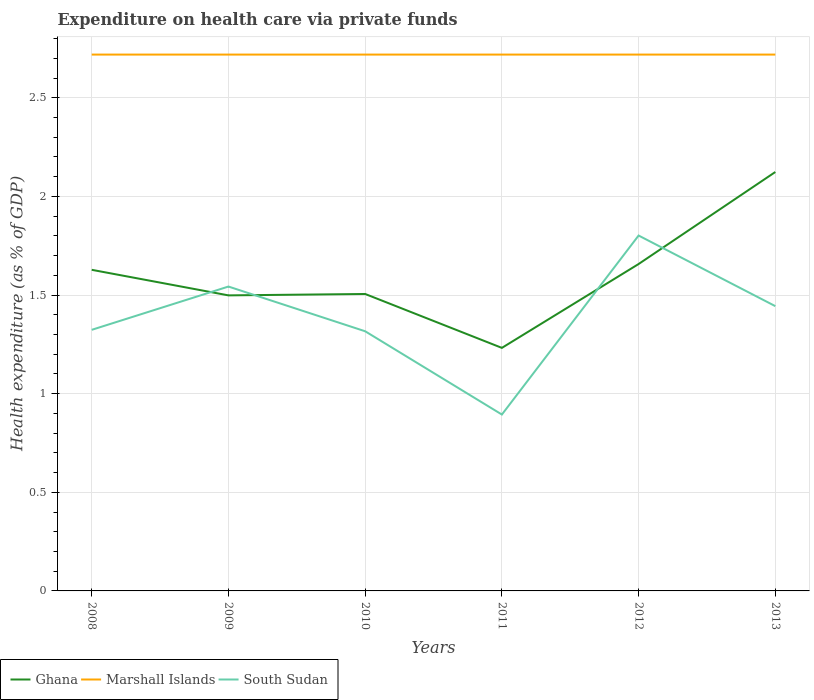
| Years | Ghana | Marshall Islands | South Sudan |
 | --- | --- | --- | --- |
 | 2008 | 1.63 | 2.72 | 1.32 |
 | 2009 | 1.5 | 2.72 | 1.54 |
 | 2010 | 1.51 | 2.72 | 1.32 |
 | 2011 | 1.23 | 2.72 | 0.894 |
 | 2012 | 1.66 | 2.72 | 1.8 |
 | 2013 | 2.12 | 2.72 | 1.44 |